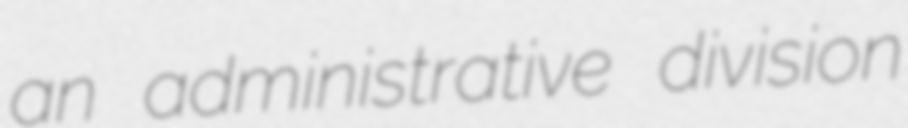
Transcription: an administrative division